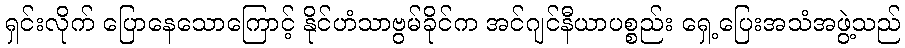
ရှင်းလိုက် ပြောနေသောကြောင့် နိုင်ဟံသာဗွမ်ခိုင်က အင်ဂျင်နီယာပစ္စည်း ရှေ့ပြေးအသံအဖွဲ့သည်